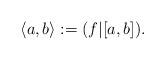
LaTeX: \begin{align*}\langle a, b \rangle := ( f | [a, b] ). \end{align*}